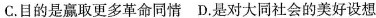
C.目的是赢取更多革命同情D.是对大同社会的美好设想